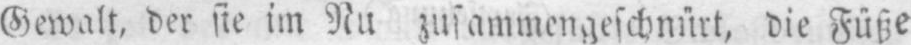
Gewalt, der sie im Nu zusammengeschnürt, die Füße